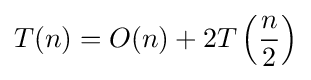
T(n)=O(n)+2T\left({\frac {n}{2}}\right)